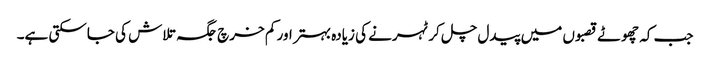
جب کہ چھوٹے قصبوں میں پیدل چل کر ٹہرنے کی زیادہ بہتر اور کم خرچ جگہ تلاش کی جاسکتی ہے۔